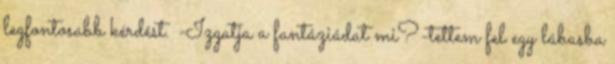
legfontosabb kérdést. -Izgatja a fantáziádat mi?-tettem fel egy lábasba